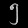
Digit: ၅